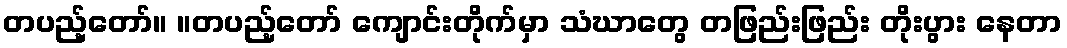
တပည့်တော်။ ။တပည့်တော် ကျောင်းတိုက်မှာ သံဃာတွေ တဖြည်းဖြည်း တိုးပွား နေတာ